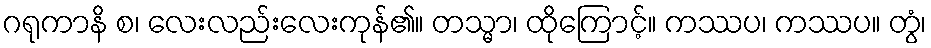
ဂရုကာနိ စ၊ လေးလည်းလေးကုန်၏။ တသ္မာ၊ ထိုကြောင့်။ ကဿပ၊ ကဿပ။ တွံ၊